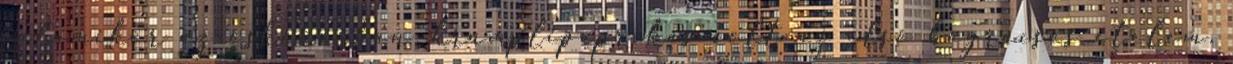
valamikor az őskőkorban, krumplipaprikás volt az első bográcsos ételem.